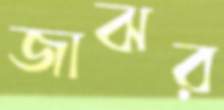
জাঝর